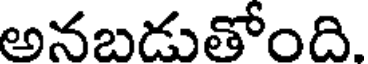
అనబడుతోంది.